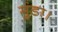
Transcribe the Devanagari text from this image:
मुंडा।